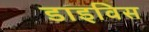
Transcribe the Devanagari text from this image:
डाइविस